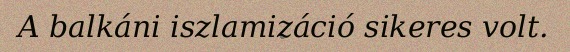
A balkáni iszlamizáció sikeres volt.